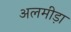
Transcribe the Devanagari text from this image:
अलमीड़ा